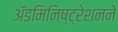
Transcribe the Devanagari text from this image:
ॲडमिनिष्ट्रेशनने